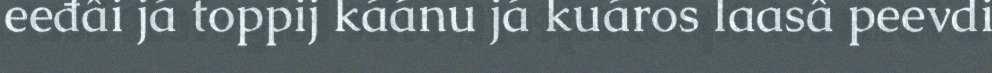
eeđâi já toppij káánu já kuáros laasâ peevdi